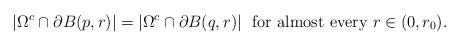
LaTeX: \begin{align*}|\Omega^c\cap\partial B(p,r)| = |\Omega^c\cap\partial B(q,r)|\ \mbox{ for almost every } r \in (0,r_0).\end{align*}